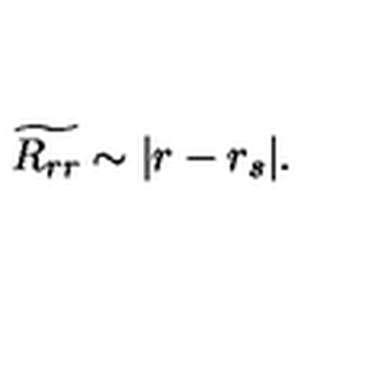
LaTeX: \widetilde { R _ { r r } } \sim | r - r _ { s } | .